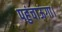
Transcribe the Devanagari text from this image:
पहुंचाऊंगा।